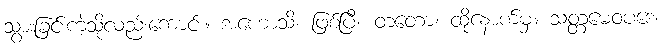
သွားခြင်းကဲ့သို့လည်းကောင်း။ အဟောသိ၊ ဖြစ်ပြီ။ တတော၊ ထိုနောက်မှ။ သတ္တမေဝပဒေ၊